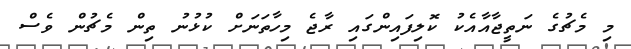
މި މެޗުގެ ނަތީޖާއާއެކު ކޮލިފައިންގައި ރާޖެ މިހާތަނަށް ކުޅުނު ތިން މެޗުން ވެސް